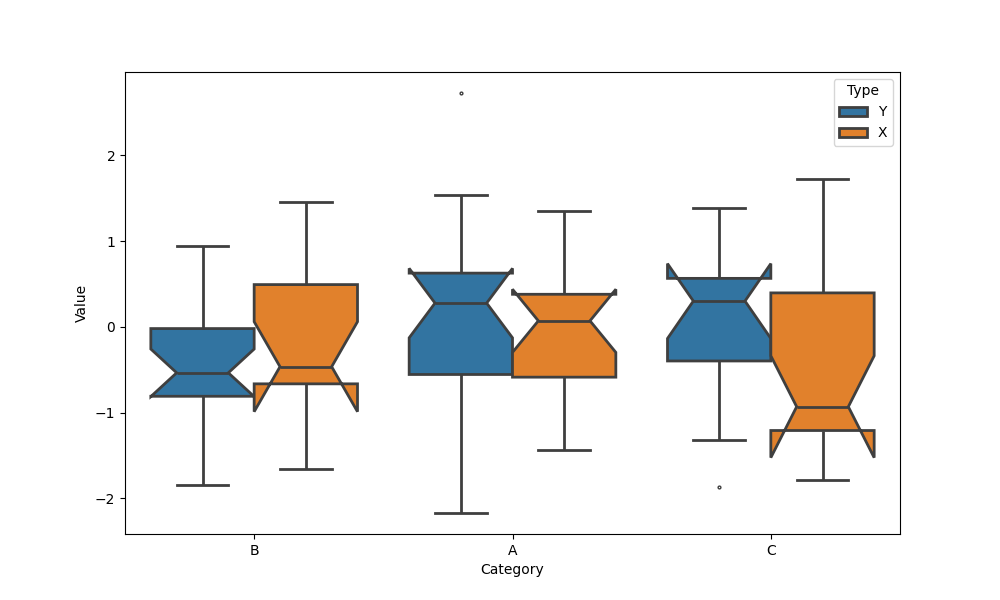
python, seaborn, boxplot, width=0.8, linewidth=2, fliersize=2, notch=True